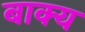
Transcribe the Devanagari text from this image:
बाक्य